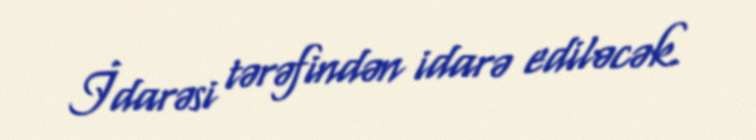
İdarəsi tərəfindən idarə ediləcək.